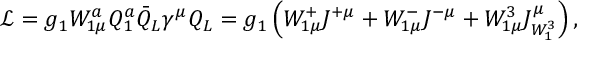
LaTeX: \mathcal { L } = g _ { 1 } W _ { 1 \mu } ^ { a } Q _ { 1 } ^ { a } \bar { Q } _ { L } \gamma ^ { \mu } Q _ { L } = g _ { 1 } \left( W _ { 1 \mu } ^ { + } J ^ { + \mu } + W _ { 1 \mu } ^ { - } J ^ { - \mu } + W _ { 1 \mu } ^ { 3 } J _ { W _ { 1 } ^ { 3 } } ^ { \mu } \right) ,